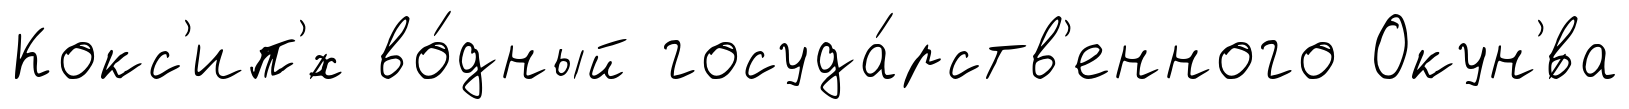
Кокс'ип'́х во́дный госуда́рств'енного Окун'́ва